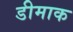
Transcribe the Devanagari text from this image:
डीमाक